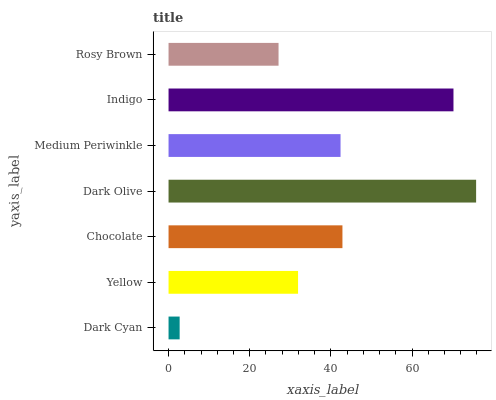
| yaxis_label | bars |
 | --- | --- |
 | Dark Cyan | 2.74 |
 | Yellow | 31.9 |
 | Chocolate | 42.8 |
 | Dark Olive | 75.8 |
 | Medium Periwinkle | 42.4 |
 | Indigo | 70.2 |
 | Rosy Brown | 27.1 |